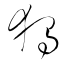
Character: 獨